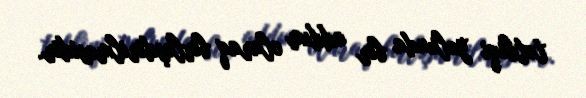
tətbiqi yolunda bir addım olaraq birləşdirilməsidir.